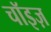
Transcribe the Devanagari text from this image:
चॉइज़